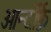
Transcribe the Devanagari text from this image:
ओर्न्दोर्फ़